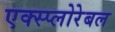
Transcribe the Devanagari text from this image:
एक्स्प्लोरेबल